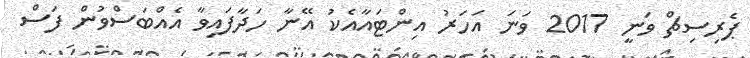
ޕެރިސިޗް ވަނީ 2017 ވަނަ އަހަރު އިންޓައާއެކު އޭނާ ހަދާފައިވާ އެއްބަސްވުން ފަސް